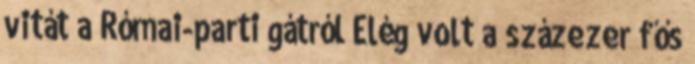
vitát a Római-parti gátról Elég volt a százezer fős